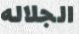
الجلاله